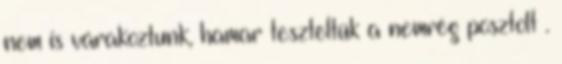
nem is várakoztunk, hamar teszteltük a nemrég posztolt .